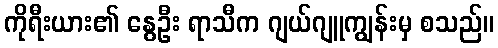
ကိုရီးယား၏ နွေဦး ရာသီက ဂျယ်ဂျူကျွန်းမှ စသည်။